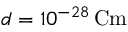
d = 1 0 ^ { - 2 8 } \, \mathrm { C m }